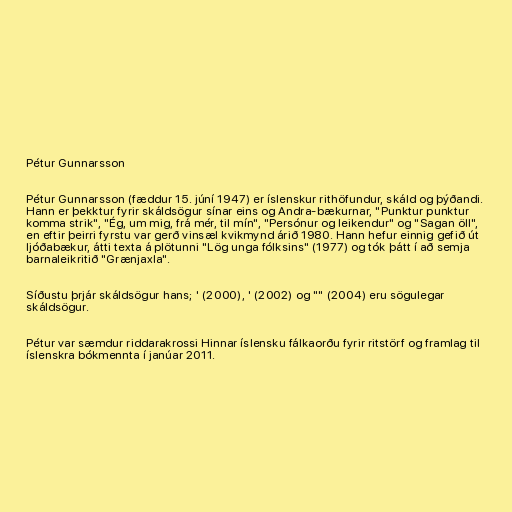
Pétur Gunnarsson

Pétur Gunnarsson (fæddur 15. júní 1947) er íslenskur rithöfundur, skáld og þýðandi.
Hann er þekktur fyrir skáldsögur sínar eins og Andra-bækurnar, "Punktur punktur
komma strik", "Ég, um mig, frá mér, til mín", "Persónur og leikendur" og "Sagan öll",
en eftir þeirri fyrstu var gerð vinsæl kvikmynd árið 1980. Hann hefur einnig gefið út
ljóðabækur, átti texta á plötunni "Lög unga fólksins" (1977) og tók þátt í að semja
barnaleikritið "Grænjaxla".

Síðustu þrjár skáldsögur hans; ' (2000), ' (2002) og "" (2004) eru sögulegar
skáldsögur.

Pétur var sæmdur riddarakrossi Hinnar íslensku fálkaorðu fyrir ritstörf og framlag til
íslenskra bókmennta í janúar 2011.